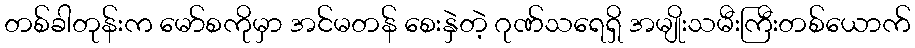
တစ်ခါတုန်းက မော်စကိုမှာ အင်မတန် စေးနှဲတဲ့ ဂုဏ်သရေရှိ အမျိုးသမီးကြီးတစ်ယောက်